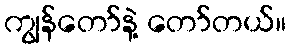
ကျွန်တော်နဲ့ တော်တယ်။